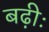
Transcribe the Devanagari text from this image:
बढ़ीः